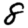
Digit: 8